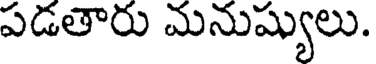
పడతారు మనుష్యులు.